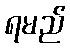
ရမည်